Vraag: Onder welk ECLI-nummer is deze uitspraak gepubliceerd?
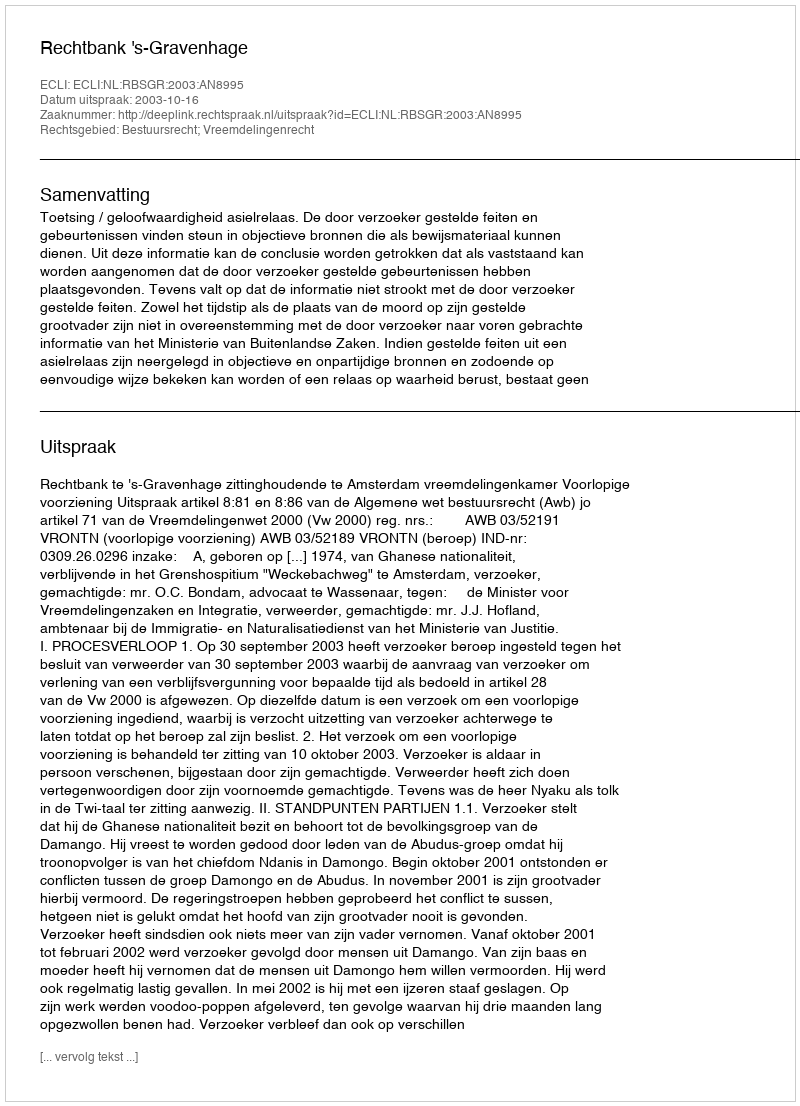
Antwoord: ECLI:NL:RBSGR:2003:AN8995